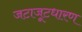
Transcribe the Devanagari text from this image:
जटाजूटधारण